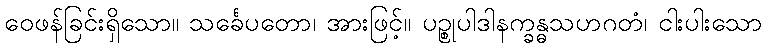
ဝေဖန်ခြင်းရှိသော။ သင်္ခေပတော၊ အားဖြင့်။ ပဉ္စုပါဒါနက္ခန္ဓသဟဂတံ၊ ငါးပါးသော